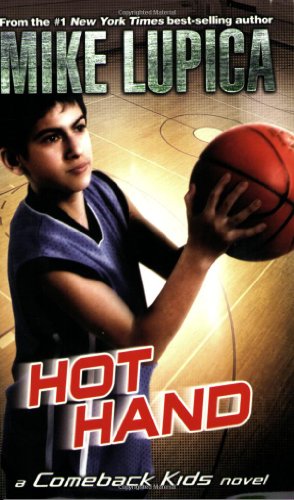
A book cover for Hot Hand (Comeback Kids); Mike Lupica; Children's Books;